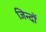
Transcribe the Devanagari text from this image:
जिन्दों